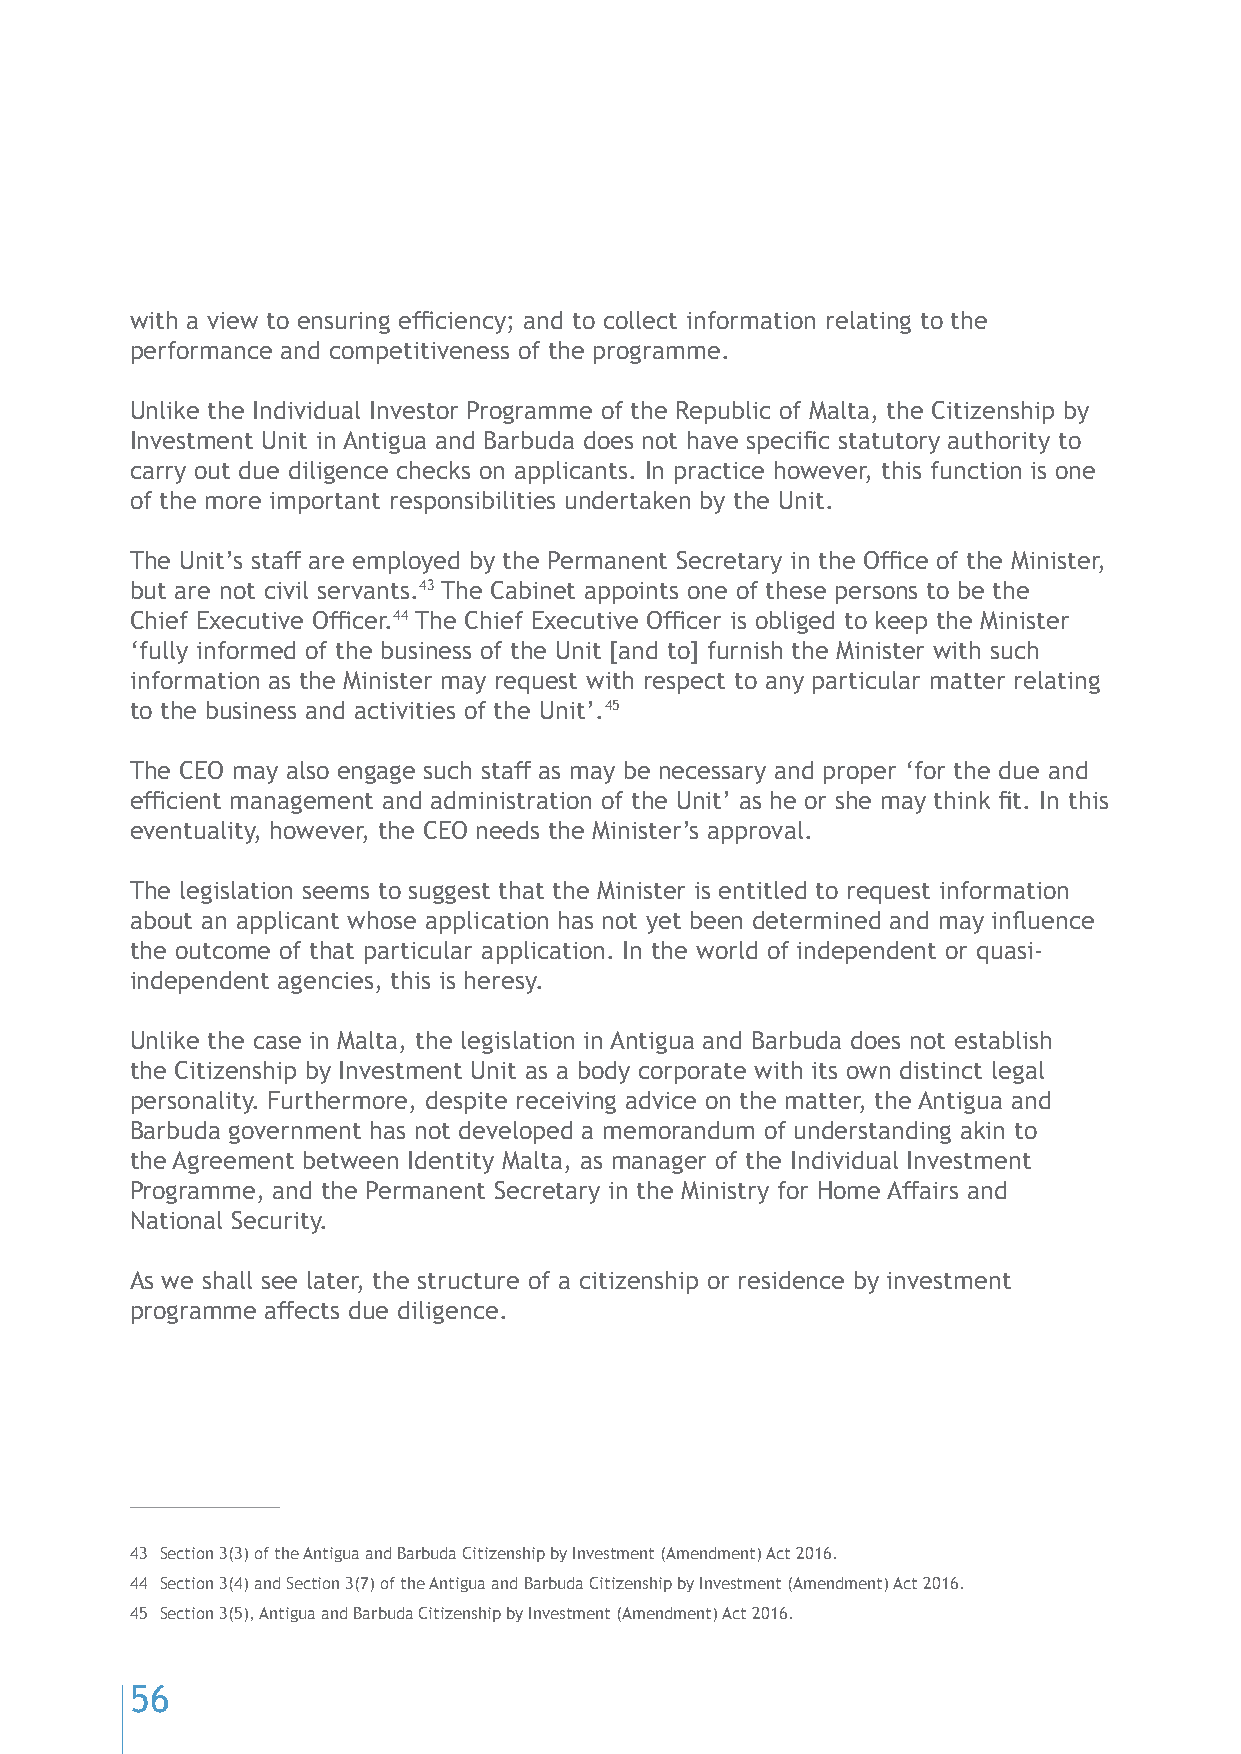
with a view to ensuring efficiency; and to collect information relating to the
 performance and competitiveness of the programme.
 Unlike the Individual Investor Programme of the Republic of Malta, the Citizenship by
 Investment Unit in Antigua and Barbuda does not have specific statutory authority to
 carry out due diligence checks on applicants. In practice however, this function is one
 of the more important responsibilities undertaken by the Unit.
 The Unit’s staff are employed by the Permanent Secretary in the Office of the Minister,
 but are not civil servants.43 The Cabinet appoints one of these persons to be the
 Chief Executive Officer.44 The Chief Executive Officer is obliged to keep the Minister
 ‘fully informed of the business of the Unit [and to] furnish the Minister with such
 information as the Minister may request with respect to any particular matter relating
 to the business and activities of the Unit’.45
 The CEO may also engage such staff as may be necessary and proper ‘for the due and
 efficient management and administration of the Unit’ as he or she may think fit. In this
 eventuality, however, the CEO needs the Minister’s approval.
 The legislation seems to suggest that the Minister is entitled to request information
 about an applicant whose application has not yet been determined and may influence
 the outcome of that particular application. In the world of independent or quasi-
 independent agencies, this is heresy.
 Unlike the case in Malta, the legislation in Antigua and Barbuda does not establish
 the Citizenship by Investment Unit as a body corporate with its own distinct legal
 personality. Furthermore, despite receiving advice on the matter, the Antigua and
 Barbuda government has not developed a memorandum of understanding akin to
 the Agreement between Identity Malta, as manager of the Individual Investment
 Programme, and the Permanent Secretary in the Ministry for Home Affairs and
 National Security.
 As we shall see later, the structure of a citizenship or residence by investment
 programme affects due diligence.
 43 Section 3(3) of the Antigua and Barbuda Citizenship by Investment (Amendment) Act 2016.
 44 Section 3(4) and Section 3(7) of the Antigua and Barbuda Citizenship by Investment (Amendment) Act 2016.
 45 Section 3(5), Antigua and Barbuda Citizenship by Investment (Amendment) Act 2016.
 56